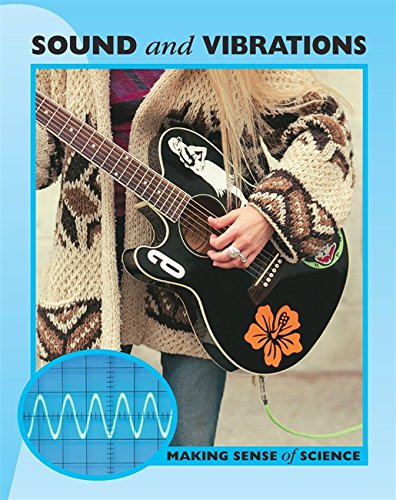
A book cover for Sound and Vibrations (Making Sense of Science); Peter Riley; Children's Books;